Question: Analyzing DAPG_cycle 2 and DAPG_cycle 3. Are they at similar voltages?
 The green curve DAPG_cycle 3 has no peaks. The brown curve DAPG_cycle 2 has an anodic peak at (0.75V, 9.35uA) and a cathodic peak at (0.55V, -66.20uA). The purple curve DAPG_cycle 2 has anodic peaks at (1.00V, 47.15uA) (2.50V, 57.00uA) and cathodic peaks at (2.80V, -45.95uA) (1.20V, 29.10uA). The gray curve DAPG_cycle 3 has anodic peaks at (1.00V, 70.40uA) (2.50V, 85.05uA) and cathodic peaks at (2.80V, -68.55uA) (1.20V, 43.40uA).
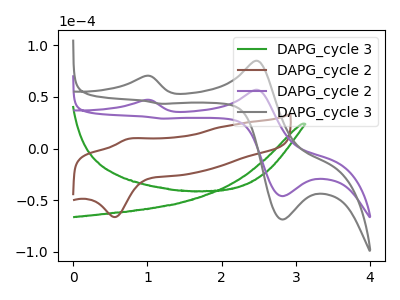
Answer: <think>All the peaks in "DAPG_cycle 2" have a peak in "DAPG_cycle 3" at the same potential.
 </think>
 <answer>"DAPG_cycle 2" and "DAPG_cycle 3" are similar in shape.</answer>
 <eval>same_shape</eval>